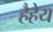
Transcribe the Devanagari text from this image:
हैहेय